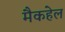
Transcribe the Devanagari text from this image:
मैकहेल